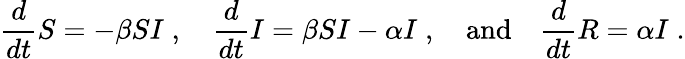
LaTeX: \frac{d}{dt}S=-\beta SI\; ,\quad\frac{d}{dt}I=\beta SI-\alpha I\; ,\quad\textrm{and}\quad\frac{d}{dt}R=\alpha I\; .